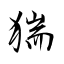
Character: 猯